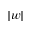
\vert w \vert